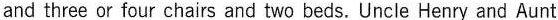
and three or four chairs and two beds.Uncle Henry and Aunt